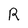
Character: R